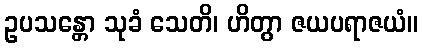
ဥပသန္တော သုခံ သေတိ၊ ဟိတွာ ဇယပရာဇယံ။